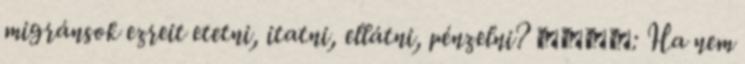
migránsok ezreit etetni, itatni, ellátni, pénzelni? Союз: Ha nem